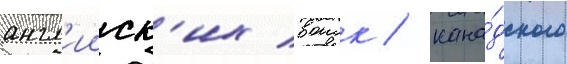
англ'ииск'их воиск / кана́дского